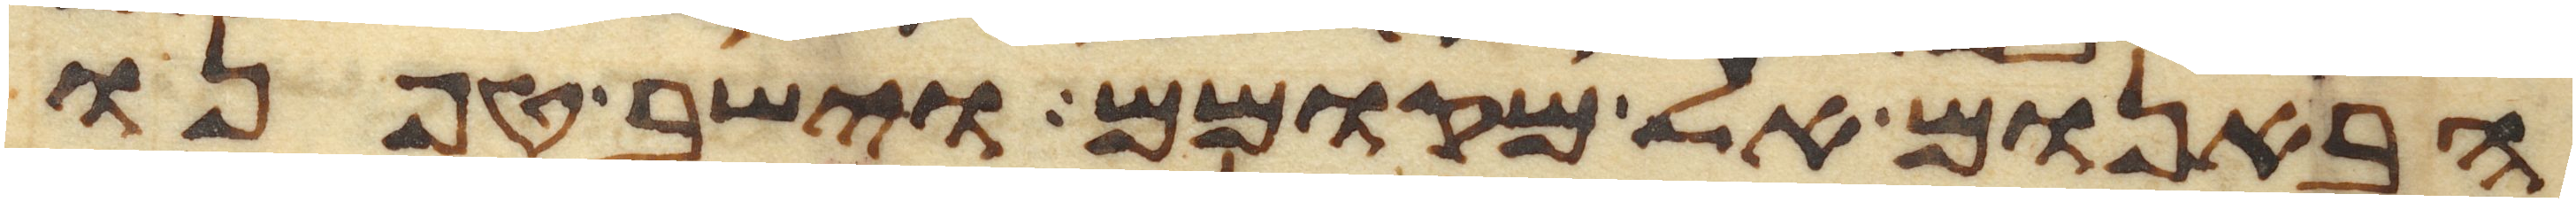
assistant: הבאנום אל מקומם וישב טפנו